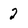
Character: 2